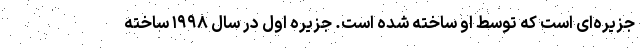
جزیره‌ای است که توسط او ساخته شده است. جزیره اول در سال ۱۹۹۸ ساخته